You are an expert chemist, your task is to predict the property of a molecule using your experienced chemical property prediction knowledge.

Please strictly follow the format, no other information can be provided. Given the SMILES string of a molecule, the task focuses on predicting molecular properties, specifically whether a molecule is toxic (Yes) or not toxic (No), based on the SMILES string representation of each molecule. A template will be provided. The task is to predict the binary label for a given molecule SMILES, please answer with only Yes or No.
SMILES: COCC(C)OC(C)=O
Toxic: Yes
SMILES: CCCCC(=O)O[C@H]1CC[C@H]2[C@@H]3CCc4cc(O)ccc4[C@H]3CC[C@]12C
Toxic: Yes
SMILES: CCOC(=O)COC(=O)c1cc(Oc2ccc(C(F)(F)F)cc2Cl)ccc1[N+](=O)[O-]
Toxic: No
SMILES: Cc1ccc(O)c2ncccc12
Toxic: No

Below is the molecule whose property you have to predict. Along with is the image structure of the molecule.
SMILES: OC(CCN1CCCCC1)(c1ccccc1)C1CC2C=CC1C2
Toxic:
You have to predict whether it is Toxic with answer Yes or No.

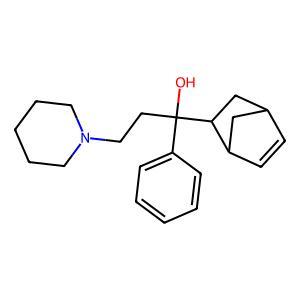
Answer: No